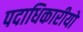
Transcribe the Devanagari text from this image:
पदाधिकारीयों